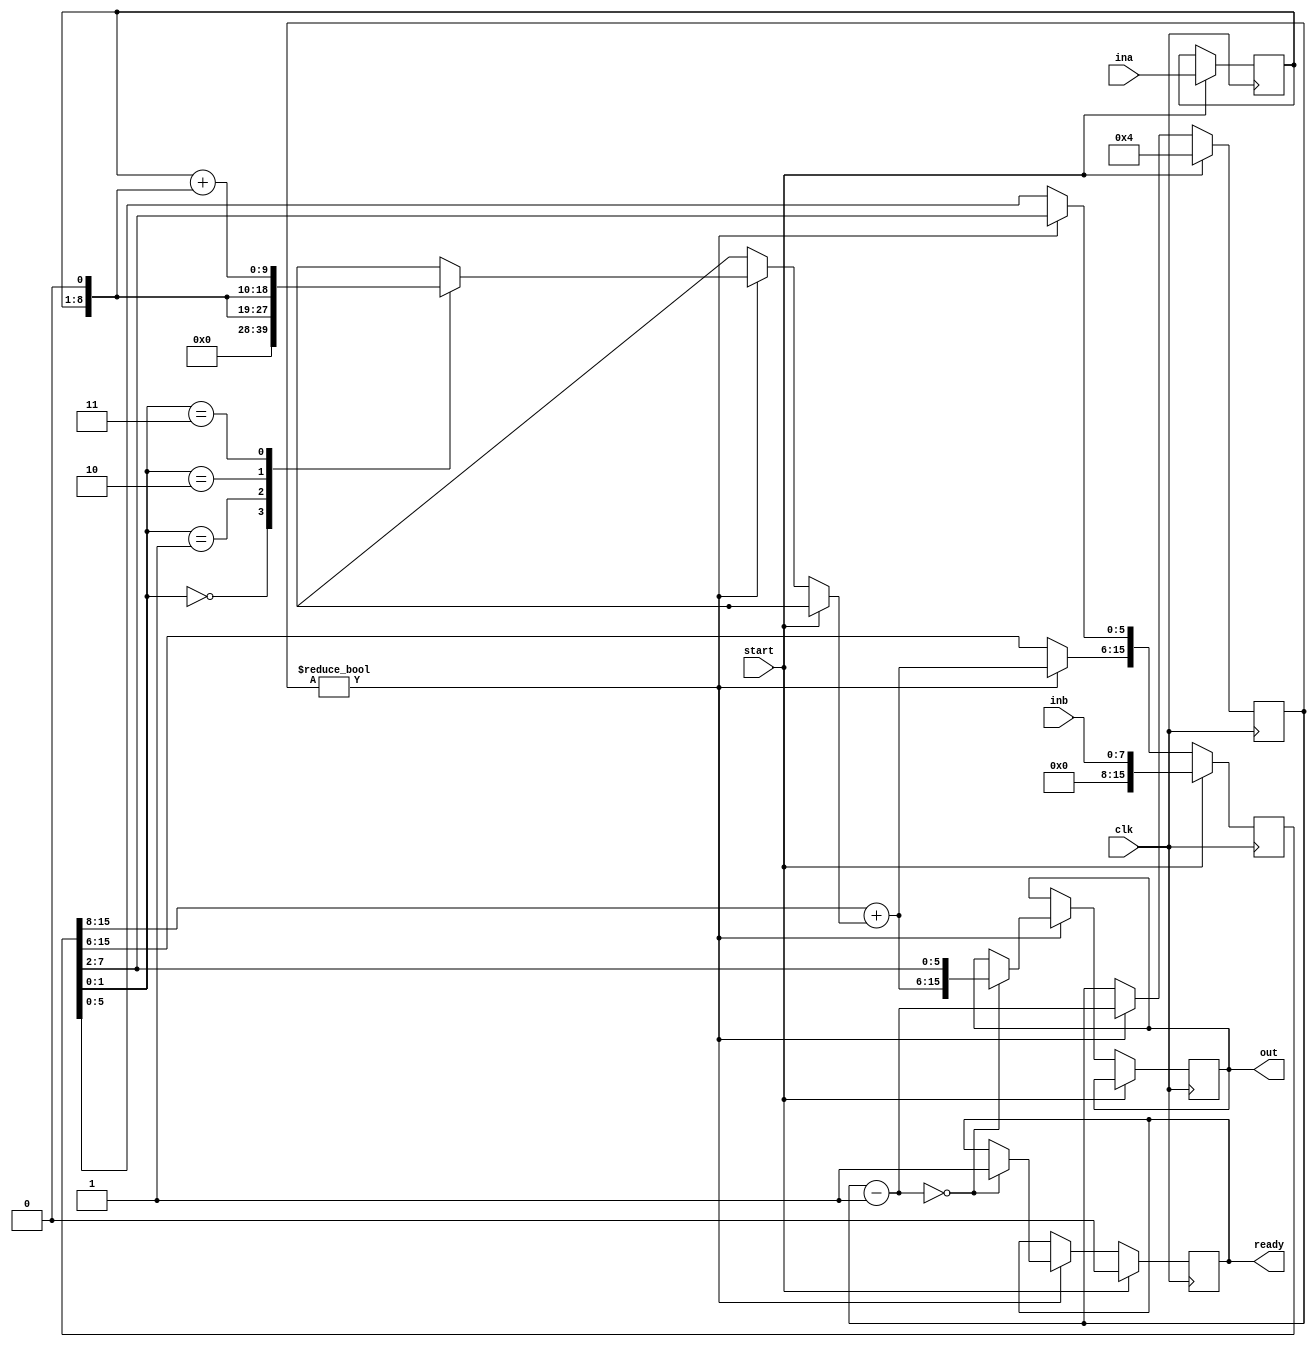
module radix_4_multiplier(ina, inb, clk, start, out, ready);

    parameter WIDTH             = 8;

    input[WIDTH - 1: 0]         ina;
    input[WIDTH - 1: 0]         inb;
    input                       clk;
    input                       start;

    output reg[2*WIDTH-1: 0]    out;
    output reg                  ready;

    reg[2*WIDTH - 1:0]          partial_product;
    reg[4:0]                    bit_count;
    reg[WIDTH-1: 0]             multiplicand;
    
    wire[WIDTH+1: 0]             multiplicand_X1 = multiplicand;
    wire[WIDTH+1: 0]             multiplicand_X2 = multiplicand << 1;
    wire[WIDTH+1: 0]             multiplicand_X3 = multiplicand_X1 + multiplicand_X2;
    
    always @(posedge clk)
    begin : mult_block
        reg[1:0]        lsb;
        reg[WIDTH+1:0]  term;

        if(start == 1'b1) begin
            multiplicand = ina;
            bit_count          = WIDTH/2;
            partial_product = {{WIDTH+1{1'b0}}, inb};
            ready        = 1'b0;
        end

        else if(bit_count != 4'b0) begin
            
            lsb = partial_product[1:0];
            
            partial_product = partial_product >> 2;
            bit_count          = bit_count - 1;
            
            case(lsb)
                2'd0 : term = 0;
                2'd1 : term = multiplicand_X1;
                2'd2 : term = multiplicand_X2;
                2'd3 : term = multiplicand_X3;
            endcase

            partial_product[2*WIDTH-1:WIDTH-2] = partial_product[2*WIDTH-1:WIDTH-2] + term;
            
            if(bit_count == 1'b0) begin
                out = partial_product;
                ready = 1'b1; 
            end
        end
    end 
    
endmodule